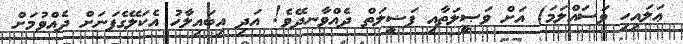
ޢަލައިހި ވަސައްލަމަ) އަށް ވަޞީލަތާއި ފަޟީލަތް ދެއްވާނދޭވެ! އަދި އިބައިލާހު އެކަލޭގެފަނަށް ދެއްވުމަށް